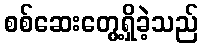
စစ်ဆေးတွေ့ရှိခဲ့သည်